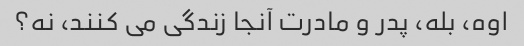
اوه، بله، پدر و مادرت آنجا زندگی می کنند، نه؟